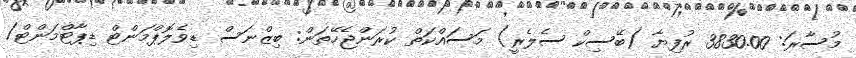
މުސާރަ: 3830.00 ރުފިޔާ (ބޭސިކް ސެލެރީ) މަސައްކަތް ކުރަންޖެހޭތަން: ބިޒްނަސް ޑިވެލޮޕްމަންޓް ޑިޕާޓްމަންޓް/